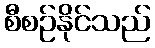
စီစဉ်နိုင်သည်